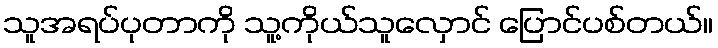
သူအရပ်ပုတာကို သူ့ကိုယ်သူလှောင် ပြောင်ပစ်တယ်။